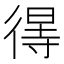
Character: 𢔽